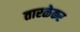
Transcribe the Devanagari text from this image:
तारळेकर